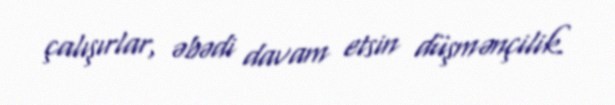
çalışırlar, əbədi davam etsin düşmənçilik.